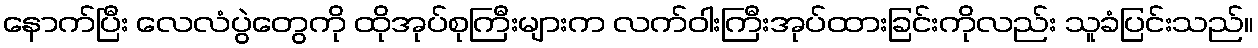
နောက်ပြီး လေလံပွဲတွေကို ထိုအုပ်စုကြီးများက လက်ဝါးကြီးအုပ်ထားခြင်းကိုလည်း သူခံပြင်းသည်။